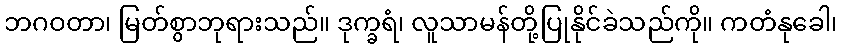
ဘဂဝတာ၊ မြတ်စွာဘုရားသည်။ ဒုက္ခရံ၊ လူသာမန်တို့ပြုနိုင်ခဲသည်ကို။ ကတံနုခေါ၊